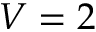
V = 2